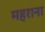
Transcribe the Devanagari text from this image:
महराना